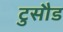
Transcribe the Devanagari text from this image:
टुसौड